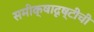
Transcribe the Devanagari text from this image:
समीक्षादृष्टीची